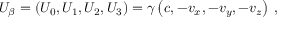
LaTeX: U _ { \beta } = \left( U _ { 0 } , U _ { 1 } , U _ { 2 } , U _ { 3 } \right) = \gamma \left( c , - v _ { x } , - v _ { y } , - v _ { z } \right) \, ,